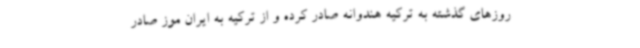
روزهای گذشته به ترکیه هندوانه صادر کرده و از ترکیه به ایران موز صادر